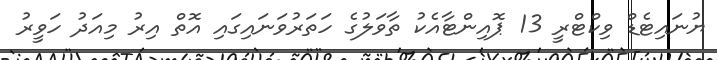
ޔުނައިޓެޑް ވިކްޓްރީ 13 ޕޮއިންޓާއެކު ތާވަލުގެ ހަތަރުވަނައިގައި އޮތް އިރު މިއަދު ހަވީރު